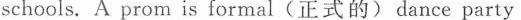
schools. A prom is formal(正式的)dance party